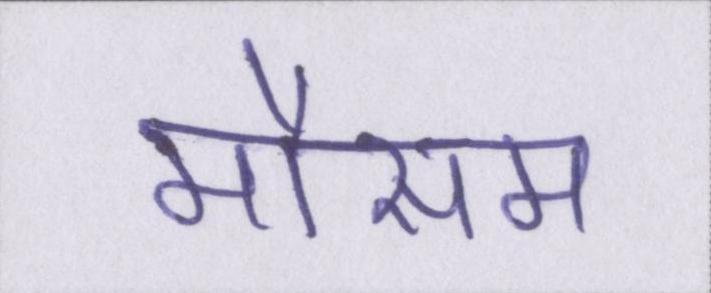
मौसम